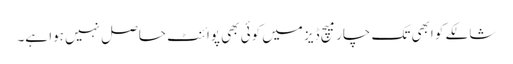
شالکے کو ابھی تک چار میچ ڈیز میں کوئی بھی پوائنٹ حاصل نہیں ہوا ہے۔